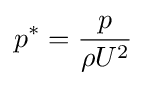
p^{*}={\frac {p}{\rho U^{2}}}